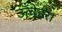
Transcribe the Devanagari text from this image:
ऊँचेहरा